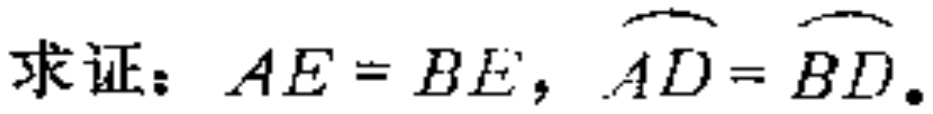
求证：$AE = BE$，$\overset{\frown}{AD}=\overset{\frown}{BD}$。